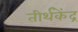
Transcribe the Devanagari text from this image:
तीर्थकेंद्र